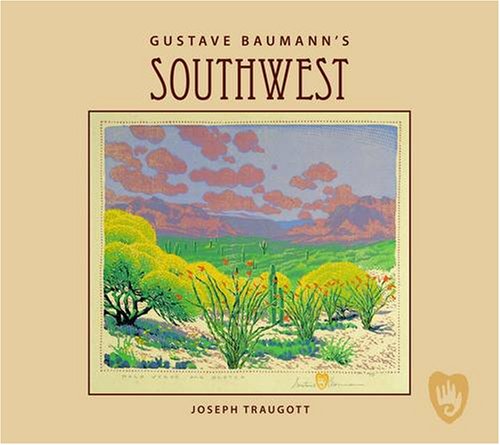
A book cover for Gustave Baumann's Southwest; Joseph Traugott; Arts & Photography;